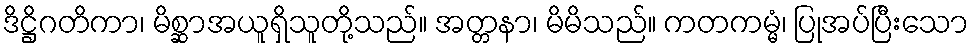
ဒိဋ္ဌိဂတိကာ၊ မိစ္ဆာအယူရှိသူတို့သည်။ အတ္တနာ၊ မိမိသည်။ ကတကမ္မံ၊ ပြုအပ်ပြီးသော